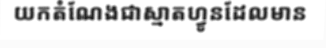
យកតំណែងជាស្មាតហ្វូនដែលមាន